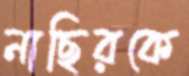
নাছিরকে